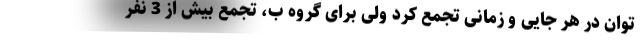
توان در هر جایی و زمانی تجمع کرد ولی برای گروه ب، تجمع بیش از 3 نفر